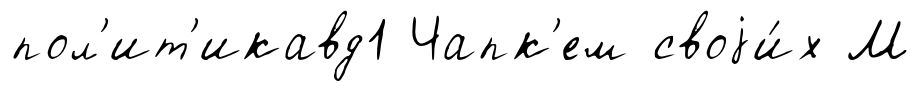
пол'ит'икавд1 Чапк'ем своjи́х М